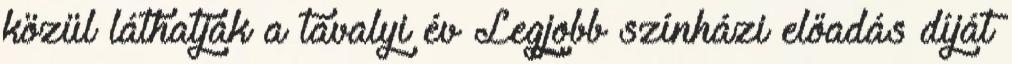
közül láthatják a tavalyi év Legjobb színházi előadás díját